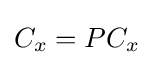
C_{x}=PC_{x}